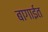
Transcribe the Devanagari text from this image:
बागाईत